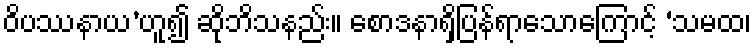
ဝိပဿနာယ’ဟူ၍ ဆိုဘိသနည်း။ စောဒနာရှိပြန်ရာသောကြောင့် ‘သမထ၊